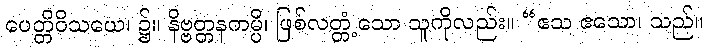
ပေတ္တိဝိသယေ၊ ၌။ နိဗ္ဗတ္တနကမ္ပိ၊ ဖြစ်လတ္တံ့သော သူကိုလည်း။ “ဧသ ဧသော၊ သည်။